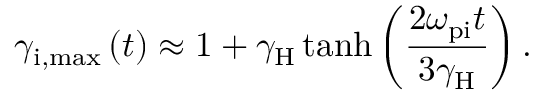
\gamma _ { \mathrm { i , m a x } } \left( t \right) \approx 1 + \gamma _ { \mathrm { H } } \operatorname { t a n h } \left( \frac { 2 \omega _ { \mathrm { p i } } t } { 3 \gamma _ { \mathrm { H } } } \right) .